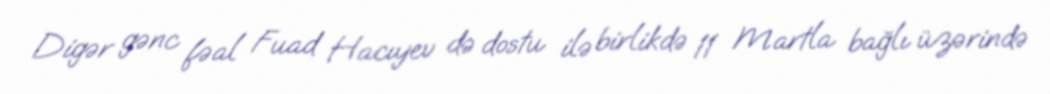
Digər gənc fəal Fuad Hacıyev də dostu ilə birlikdə 11 Martla bağlı üzərində